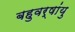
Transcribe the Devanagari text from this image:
बहुवर्षांयु